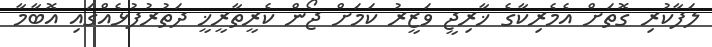
ލަފާކުރި ގޮތަށް އެމެރިކާގެ ޚާރިޖީ ވަޒީރު ކަމަށް ޖޯން ކެރީތާރީޚީ ދަތުރުފުޅެއްގައި އޮބާމާ